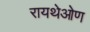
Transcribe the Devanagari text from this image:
रायथेओण